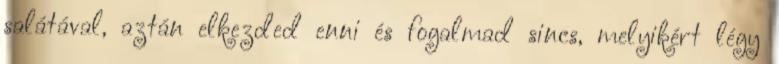
salátával, aztán elkezded enni és fogalmad sincs, melyikért légy